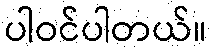
ပါဝင်ပါတယ်။